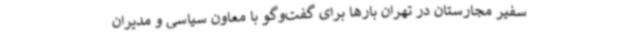
سفیر مجارستان در تهران بارها برای گفت‌وگو با معاون سیاسی و مدیران